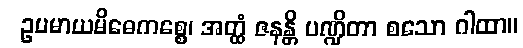
ဥပမာယမိဓေကစ္စေ၊ အတ္ထံ ဇနန္တိ ပဏ္ဍိတာ စသော ဂါထာ။